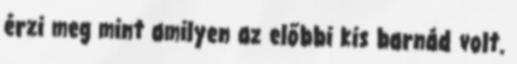
érzi meg mint amilyen az előbbi kis barnád volt.